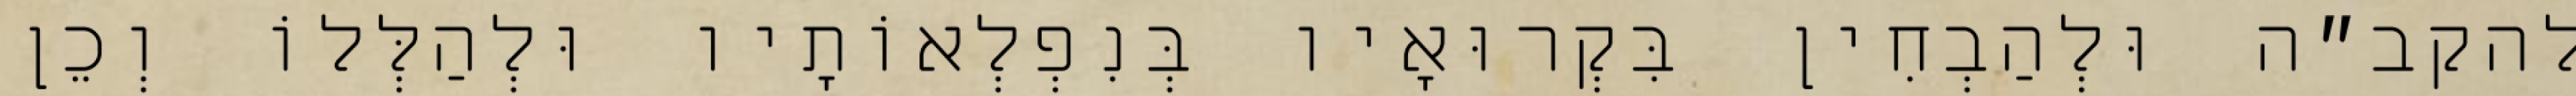
להקב״ה וּלְהַבְחִין בִּקְרוּאָיו בְּנִפְלְאוֹתָיו וּלְהַלְּלוֹ וְכֵן